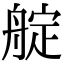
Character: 𦩘